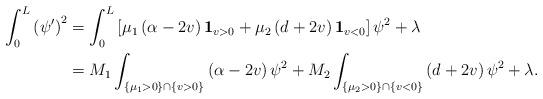
LaTeX: \begin{align*}\int_{0}^{L}\left(\psi'\right)^{2} & =\int_{0}^{L}\left[\mu_{1}\left(\alpha- 2 v \right)\mathbf{1}_{v>0}+\mu_{2} \left(d + 2 v \right)\mathbf{1}_{v<0}\right]\psi^{2}+\lambda\\& =M_1\int_{\{\mu_1 > 0\}\cap\{v>0\}}\left(\alpha-2 v\right)\psi^{2}+M_2\int_{\{\mu_2 > 0\}\cap\{v<0\}}\left(d+2v\right)\psi^{2}+\lambda.\end{align*}